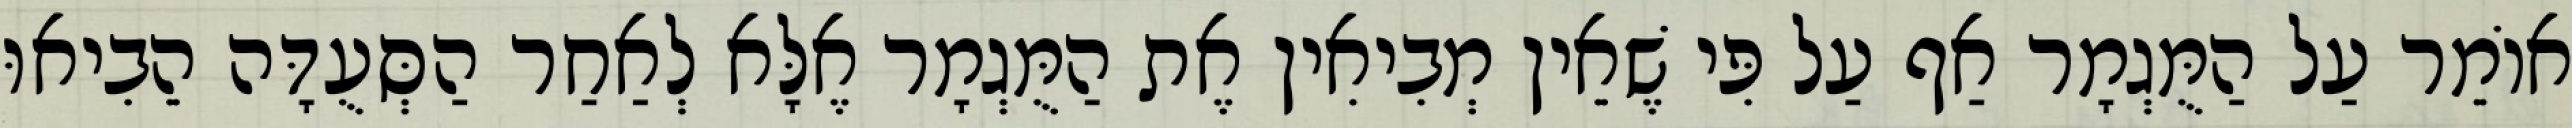
אוֹמֵר עַל הַמֻּגְמָר אַף עַל פִּי שֶׁאֵין מְבִיאִין אֶת הַמֻּגְמָר אֶלָּא לְאַחַר הַסְּעֻדָּה הֵבִיאוּ